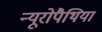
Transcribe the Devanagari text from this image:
न्यूरोपैथियां